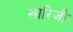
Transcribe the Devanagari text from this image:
खारिजी